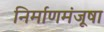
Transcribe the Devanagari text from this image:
निर्माणमंजूषा